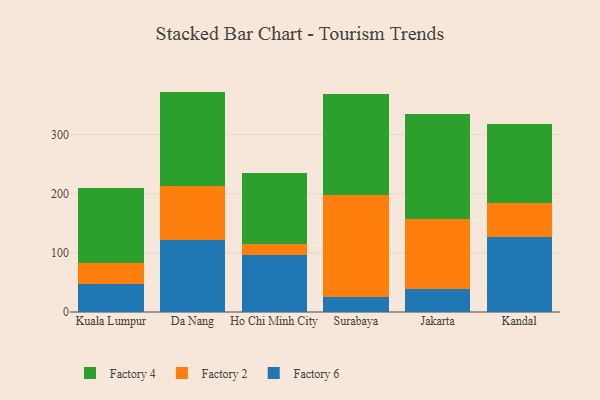
{"axis": {"x": "City", "y": "Gross Profit (USD K)"}, "legend": ["Factory 2", "Factory 4", "Factory 6"], "data": [{"x": "Kuala Lumpur", "y": 47.5, "type": "Factory 6"}, {"x": "Kuala Lumpur", "y": 36.2, "type": "Factory 2"}, {"x": "Kuala Lumpur", "y": 126.5, "type": "Factory 4"}, {"x": "Da Nang", "y": 121.4, "type": "Factory 6"}, {"x": "Da Nang", "y": 91.6, "type": "Factory 2"}, {"x": "Da Nang", "y": 159.7, "type": "Factory 4"}, {"x": "Ho Chi Minh City", "y": 96.7, "type": "Factory 6"}, {"x": "Ho Chi Minh City", "y": 18.8, "type": "Factory 2"}, {"x": "Ho Chi Minh City", "y": 119.2, "type": "Factory 4"}, {"x": "Surabaya", "y": 24.9, "type": "Factory 6"}, {"x": "Surabaya", "y": 173.5, "type": "Factory 2"}, {"x": "Surabaya", "y": 170.9, "type": "Factory 4"}, {"x": "Jakarta", "y": 38.4, "type": "Factory 6"}, {"x": "Jakarta", "y": 118.2, "type": "Factory 2"}, {"x": "Jakarta", "y": 178.4, "type": "Factory 4"}, {"x": "Kandal", "y": 126.1, "type": "Factory 6"}, {"x": "Kandal", "y": 57.7, "type": "Factory 2"}, {"x": "Kandal", "y": 133.3, "type": "Factory 4"}]}